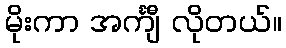
မိုးကာ အင်္ကျီ လိုတယ်။